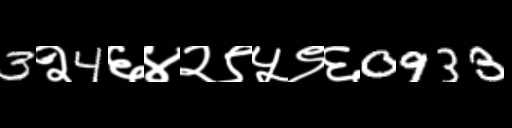
Text: 3२4६४२९५९६0933